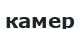
камер